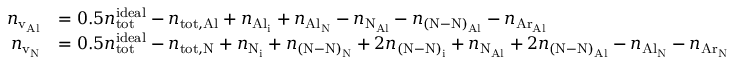
\begin{array} { r l } { n _ { \mathrm { v _ { A l } } } } & { = 0 . 5 n _ { \mathrm { t o t } } ^ { \mathrm { i d e a l } } - n _ { \mathrm { t o t , A l } } + n _ { \mathrm { A l _ { i } } } + n _ { \mathrm { A l _ { N } } } - n _ { \mathrm { N _ { A l } } } - n _ { \mathrm { ( N - N ) _ { A l } } } - n _ { \mathrm { A r _ { A l } } } } \\ { n _ { \mathrm { v _ { N } } } } & { = 0 . 5 n _ { \mathrm { t o t } } ^ { \mathrm { i d e a l } } - n _ { \mathrm { t o t , N } } + n _ { \mathrm { N _ { i } } } + n _ { \mathrm { ( N - N ) _ { N } } } + 2 n _ { \mathrm { ( N - N ) _ { i } } } + n _ { \mathrm { N _ { A l } } } + 2 n _ { \mathrm { ( N - N ) _ { A l } } } - n _ { \mathrm { A l _ { N } } } - n _ { \mathrm { A r _ { N } } } } \end{array}